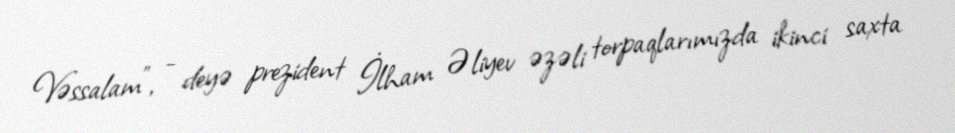
Vəssalam”, - deyə prezident İlham Əliyev əzəli torpaqlarımızda ikinci saxta